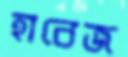
হাবেজ